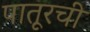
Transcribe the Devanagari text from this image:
पातूरची